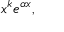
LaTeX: x ^ { k } e ^ { \alpha x } ,